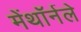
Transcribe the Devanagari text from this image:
मेंथॉर्नले